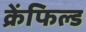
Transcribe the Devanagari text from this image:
क्रेंफिल्ड